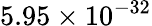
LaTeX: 5.95\times 10^{-32}